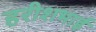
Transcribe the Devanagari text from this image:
हरीशभाई